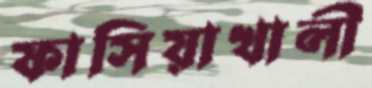
ফাসিয়াখালী